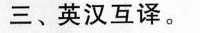
三、英汉互译。